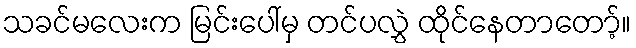
သခင်မလေးက မြင်းပေါ်မှ တင်ပလွှဲ ထိုင်နေတာတော့်။